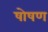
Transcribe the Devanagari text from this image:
षोषण